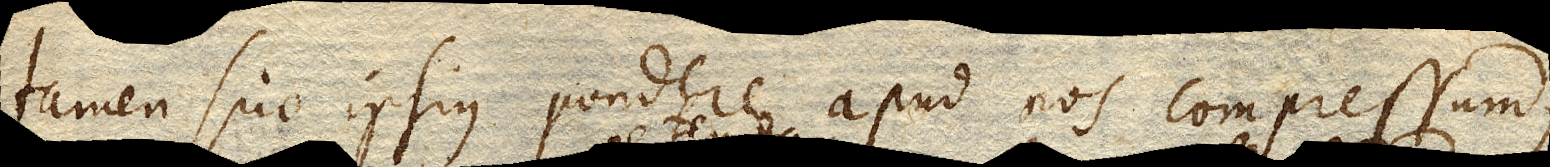
tamen suo ipsius pondere apud nos compressum